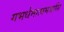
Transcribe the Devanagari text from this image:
गभर्धमात्वमजासि